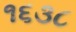
૧૬૩૮